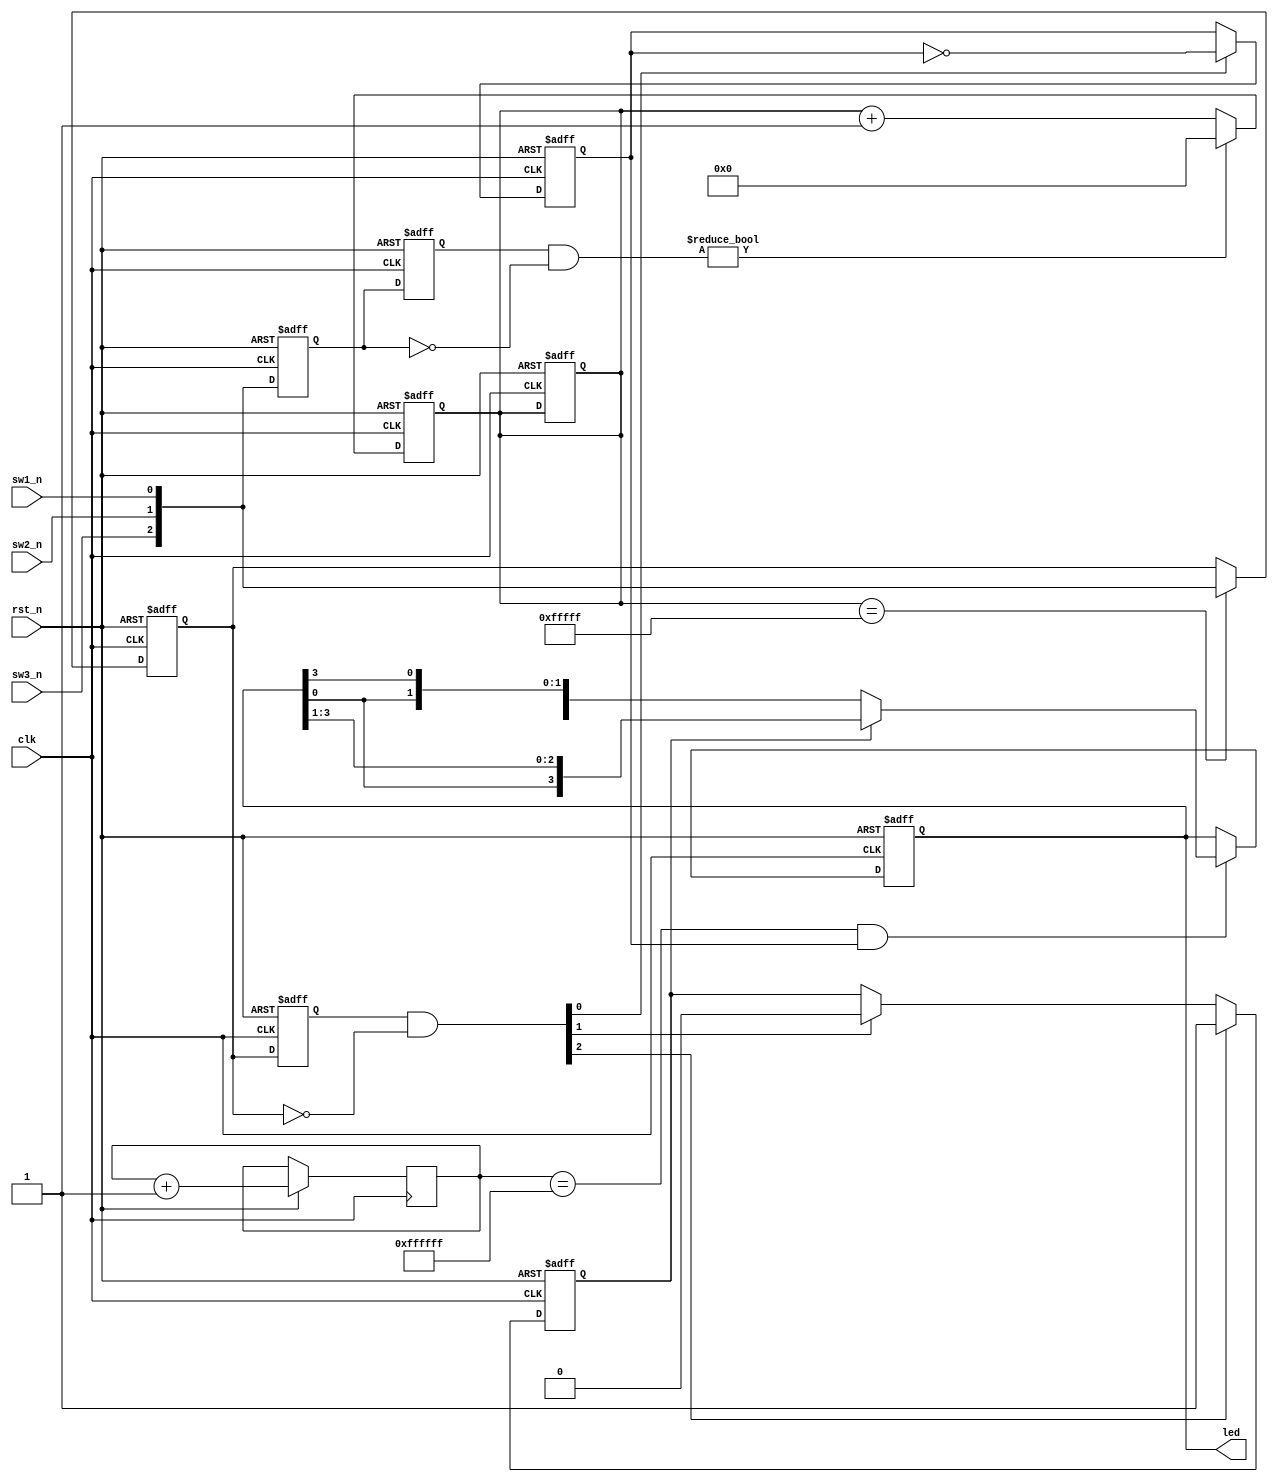
module maqee(
	clk,rst_n,
	led,
	sw1_n, sw2_n, sw3_n
);

input clk;			//主時鐘信號,50MHz ~ 20ns
input rst_n;		//reset signal, active low
output[3:0] led;	//led 由按鍵控制
input sw1_n, sw2_n, sw3_n;		//3個獨立按鍵, low 表示按下

/*
// parameter 是固定值，要能更動，須改為reg
parameter led_dir = 1'b0;	//1'b1 -- left,  1'b0 -- right
parameter led_on = 1'b1;	//1'b1 -- on,  1'b0 -- off
*/
reg led_dir = 1'b0;		//1'b1 -- left,  1'b0 -- right
reg led_on = 1'b1;		//1'b1 -- on,  1'b0 -- off


//----------------------------------------------------
reg [23:0] cnt24;
always@(posedge clk or negedge rst_n)
begin
	if(!rst_n) cnt <= 24'd0;
	else	cnt24 <= cnt24 + 1'b1;
end

//----------------------------------------------------

reg [3:0] led_r;

always@(posedge clk or negedge rst_n)
begin
	if(!rst_n) led_r <= 4'b0001; //LED high active
	else if(cnt24 == 24'hffffff && led_on) begin
		if(led_dir) led_r <= {led_r[0], led_r[3:1]}; 	//左移 
		else led_r <= {led_r[2:0], led_r[3]};			//右移
	end
end

assign led = led_r;



/*--------------------------------------------------------
// module 1  脈衝邊緣檢測法 -> 偵測按鍵
--------------------------------------------------------*/

/*
key_rst		1 1 1 0 0 1
~key_rst	0 0 0 1 1 0
key_rst_r	  1 1 1 0 0 1
key_an		  0 0 1 0 0 
*/

//利用兩級暫存器來檢測

reg	[2:0] key_rst;

always@(posedge clk or negedge rst_n)
begin
	if(!rst_n) key_rst <= 3'b111;
	else	key_rst <= {sw3_n,sw2_n,sw1_n};
end


reg[2:0] key_rst_r; 	//每個時鐘周期的上升沿將low_sw信號鎖存到low_sw_r中

always@(posedge clk or negedge rst_n)
begin
	if(!rst_n) key_rst_r <= 3'b111;
	else key_rst_r <= key_rst;
end

//當暫存器key_rst由1變為0時，key_an的值變為高，維持一個時鐘周期
wire [2:0] key_an = key_rst_r & (~key_rst);

//module 1 end -------------------------------------------

/*--------------------------------------------------------
// module 2	 計數器 -> 穩定KEY  / LED的輸出 
--------------------------------------------------------*/

/*
low_sw		111  111  111  110  110  110
~low_sw		000  000  000  001  001  001
low_sw_r	     111  111  111  110  110  110
led_ctrl		 000  000  001  000  000 
*/

reg [19:0]	cnt; //計數暫存器 => 2^20 ~ 10^6 => 20ns * 10^6 => 20ms

always@(posedge clk or negedge rst_n)
begin
	if(!rst_n) cnt <= 20'd0;	//異步復位
	else if(key_an)	cnt <= 20'd0;
	else cnt <= cnt + 1'b1;
end

reg	[2:0] low_sw;
always@(posedge clk or negedge rst_n)
begin
	if(!rst_n)	low_sw <= 3'b111;
	else if (cnt == 20'hfffff)	//每20ms, 將按鍵值鎖存到寄存器low_sw中
		low_sw <= {sw3_n, sw2_n, sw1_n};
end

//--------------------------------------------------------
reg [2:0] low_sw_r;		//每個時鐘週期的上升沿將low_sw信號鎖存到low_sw_r

always@(posedge clk or negedge rst_n)
begin
	if(!rst_n) low_sw_r <= 3'b111;
	else	low_sw_r <= low_sw;
end

//當暫存器low_sw由1變0時，led_ctrl的值變為high，並維持一個時鐘週期
wire [2:0] led_ctrl = low_sw_r[2:0] & (~low_sw[2:0]);


always@(posedge clk or negedge rst_n)
begin
	if(!rst_n) begin
		led_on = 1'b0;
		led_dir = 1'b0;
	end
	else begin		//某個按鍵值變化時，LED將做亮滅翻轉
		if(led_ctrl[0]) led_on <= ~led_on;
		if(led_ctrl[1]) led_dir <= 1'b0;
		if(led_ctrl[2]) led_dir <= 1'b1;
	end
	
end



endmodule